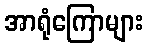
အာရုံကြောများ